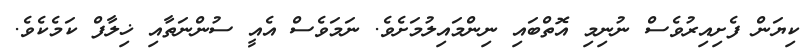
ކިޔަން ފެށިއިރުވެސް ނުނިމި އޮތްބައި ނިންމައިލުމަށެވެ. ނަމަވެސް އެއީ ސުންނަތާއި ޚިލާފް ކަމެކެވެ.